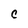
Character: c